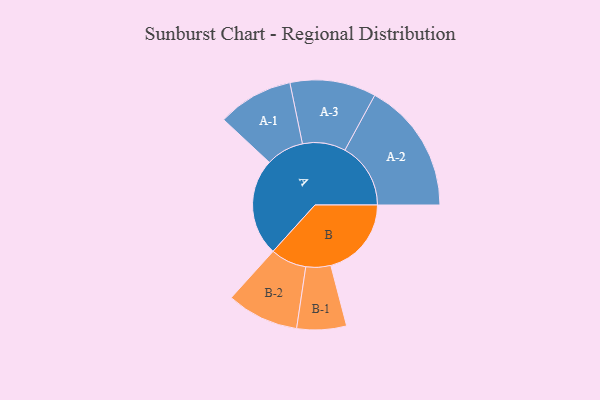
{"axis": {"x": "Segment", "y": "Value"}, "legend": ["", "A", "B"], "data": [{"x": "A", "y": 432, "type": ""}, {"x": "B", "y": 358, "type": ""}, {"x": "A-1", "y": 168, "type": "A"}, {"x": "A-2", "y": 292, "type": "A"}, {"x": "A-3", "y": 191, "type": "A"}, {"x": "B-1", "y": 110, "type": "B"}, {"x": "B-2", "y": 160, "type": "B"}]}